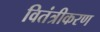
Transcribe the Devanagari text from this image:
वितंत्रीकरण